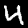
Digit: 4